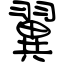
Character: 翼